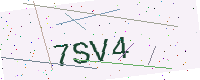
Text: 7SV4